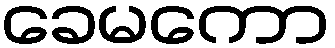
ခေမကော